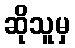
ဆိုသူမှ